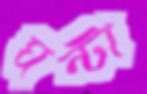
ঘন্টা